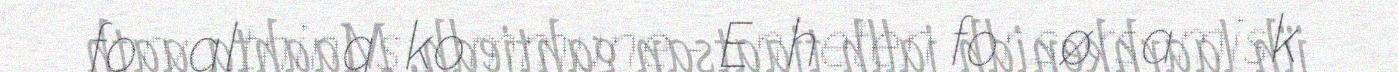
forvaltningskommune - Enheten for sørsamisk